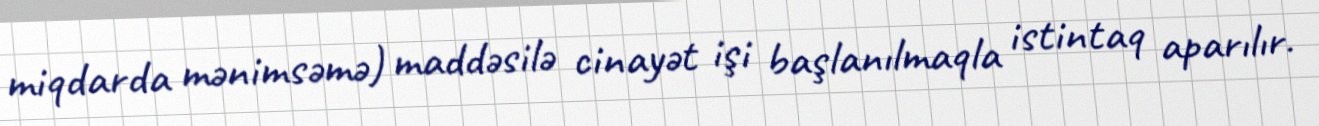
miqdarda mənimsəmə) maddəsilə cinayət işi başlanılmaqla istintaq aparılır.